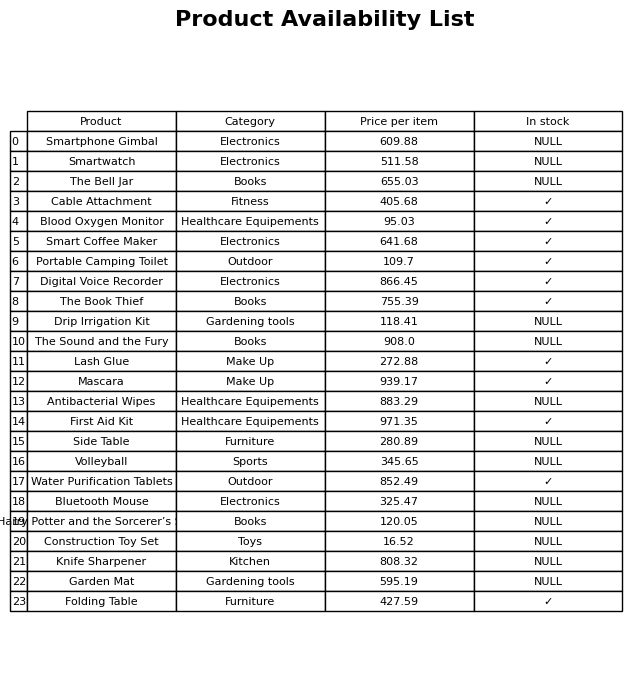
question: What is the price for Construction Toy Set?
answer: The price of Construction Toy Set is 16.52.